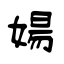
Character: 婸